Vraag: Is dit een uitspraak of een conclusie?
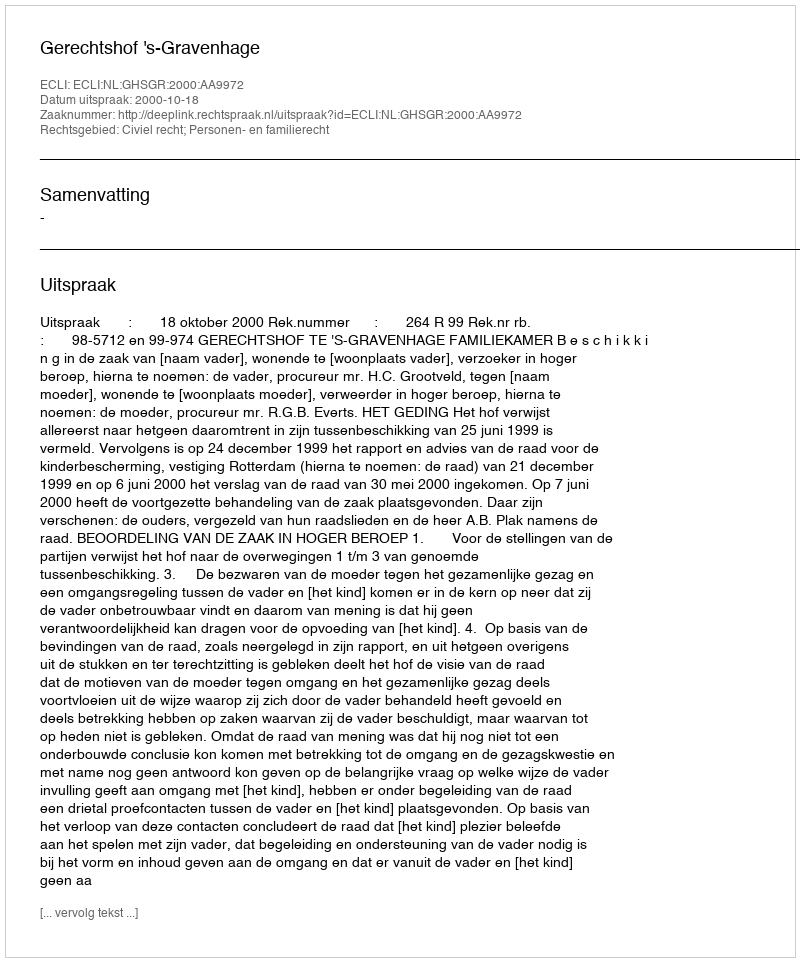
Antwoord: Uitspraak